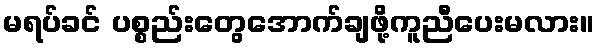
မရပ်ခင် ပစ္စည်းတွေအောက်ချဖို့ကူညီပေးမလား။